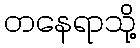
တနေရာသို့